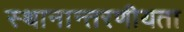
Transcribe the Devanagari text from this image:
स्थानान्तरणीयता